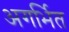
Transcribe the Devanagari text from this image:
अगर्भित